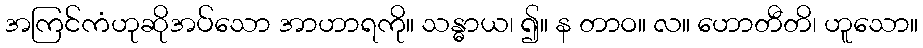
အကြင်ကံဟုဆိုအပ်သော အာဟာရကို။ သန္ဓာယ၊ ၍။ န တာဝ။ လ။ ဟောတီတိ၊ ဟူသော။